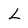
Character: L